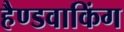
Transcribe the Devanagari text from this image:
हैण्डवाकिंग